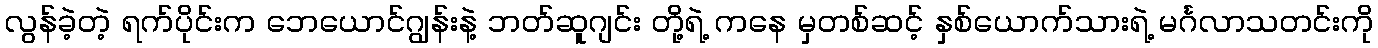
လွန်ခဲ့တဲ့ ရက်ပိုင်းက ဘေယောင်ဂျွန်းနဲ့ ဘတ်ဆူဂျင်း တို့ရဲ့ ကနေ မှတစ်ဆင့် နှစ်ယောက်သားရဲ့ မင်္ဂလာသတင်းကို